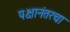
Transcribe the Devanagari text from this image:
पक्षानंतरचा